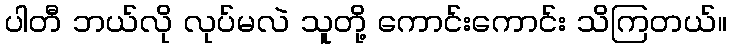
ပါတီ ဘယ်လို လုပ်မလဲ သူတို့ ကောင်းကောင်း သိကြတယ်။